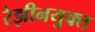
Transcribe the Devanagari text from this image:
रेझीनयुक्त